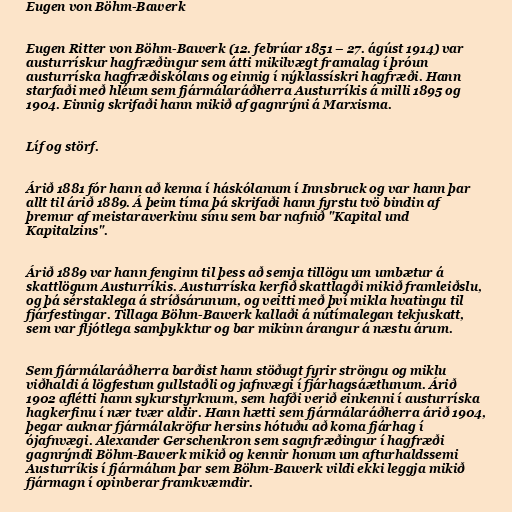
Eugen von Böhm-Bawerk

Eugen Ritter von Böhm-Bawerk (12. febrúar 1851 – 27. ágúst 1914) var
austurrískur hagfræðingur sem átti mikilvægt framalag í þróun
austurríska hagfræðiskólans og einnig í nýklassískri hagfræði. Hann
starfaði með hléum sem fjármálaráðherra Austurríkis á milli 1895 og
1904. Einnig skrifaði hann mikið af gagnrýni á Marxisma.

Líf og störf.

Árið 1881 fór hann að kenna í háskólanum í Innsbruck og var hann þar
allt til árið 1889. Á þeim tíma þá skrifaði hann fyrstu tvö bindin af
þremur af meistaraverkinu sínu sem bar nafnið "Kapital und
Kapitalzins".

Árið 1889 var hann fenginn til þess að semja tillögu um umbætur á
skattlögum Austurríkis. Austurríska kerfið skattlagði mikið framleiðslu,
og þá sérstaklega á stríðsárunum, og veitti með því mikla hvatingu til
fjárfestingar. Tillaga Böhm-Bawerk kallaði á nútímalegan tekjuskatt,
sem var fljótlega samþykktur og bar mikinn árangur á næstu árum.

Sem fjármálaráðherra barðist hann stöðugt fyrir ströngu og miklu
viðhaldi á lögfestum gullstaðli og jafnvægi í fjárhagsáætlunum. Árið
1902 aflétti hann sykurstyrknum, sem hafði verið einkenni í austurríska
hagkerfinu í nær tvær aldir. Hann hætti sem fjármálaráðherra árið 1904,
þegar auknar fjármálakröfur hersins hótuðu að koma fjárhag í
ójafnvægi. Alexander Gerschenkron sem sagnfræðingur í hagfræði
gagnrýndi Böhm-Bawerk mikið og kennir honum um afturhaldssemi
Austurríkis í fjármálum þar sem Böhm-Bawerk vildi ekki leggja mikið
fjármagn í opinberar framkvæmdir.